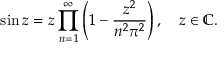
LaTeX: \sin z = z \displaystyle \prod _ { n = 1 } ^ { \infty } \left( 1 - { \frac { z ^ { 2 } } { n ^ { 2 } \pi ^ { 2 } } } \right) , \quad z \in \mathbb { C } .